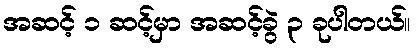
အဆင့် ၁ ဆင့်မှာ အဆင့်ခွဲ ၃ ခုပါတယ်။